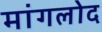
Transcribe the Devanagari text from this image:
मांगलोद